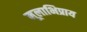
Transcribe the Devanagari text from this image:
मूलाभिप्राय